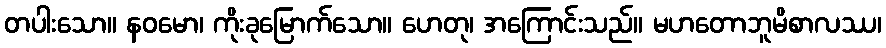
တပါးသော။ နဝမော၊ ကိုးခုမြောက်သော။ ဟေတု၊ အကြောင်းသည်။ မဟတောဘူမိစာလဿ၊